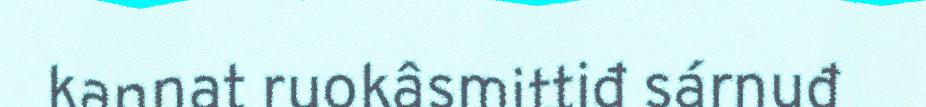
kannat ruokâsmittiđ sárnuđ